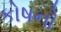
કોષનો